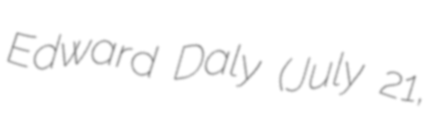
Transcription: Edward Daly (July 21,